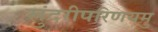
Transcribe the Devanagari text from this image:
सुंदरीपरिणयमु